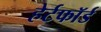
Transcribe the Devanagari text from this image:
हेर्टफाॅर्ड